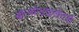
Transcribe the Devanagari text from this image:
ब्रॉन्कोडाइलेटर्स